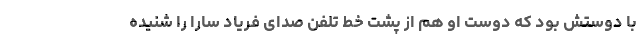
با دوستش بود که دوست او هم از پشت خط تلفن صدای فریاد سارا را شنیده